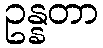
ဥန္နတာ